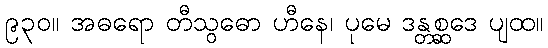
၉၃၀။ အဓရော တီသွဓော ဟီနေ၊ ပုမေ ဒန္တစ္ဆဒေ ပျထ။